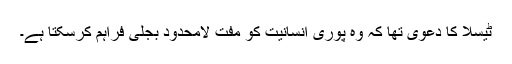
ٹیسلا کا دعویٰ تھا کہ وہ پوری انسانیت کو مفت لامحدود بجلی فراہم کرسکتا ہے۔